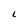
Character: L